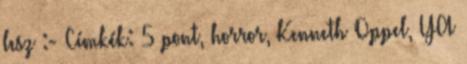
lesz :- Címkék: 5 pont, horror, Kenneth Oppel, YA